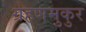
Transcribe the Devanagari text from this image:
ग्रहणमुकुर